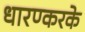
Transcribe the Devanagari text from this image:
धारण्करके